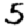
Digit: 5